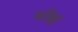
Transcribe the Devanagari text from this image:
मोडा़